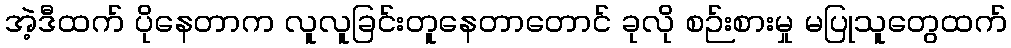
အဲ့ဒီထက် ပိုနေတာက လူလူခြင်းတူနေတာတောင် ခုလို စဉ်းစားမှု မပြုသူတွေထက်